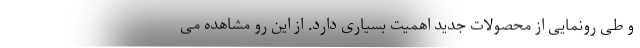
و طی رونمایی از محصولات جدید اهمیت بسیاری دارد. از این رو مشاهده می